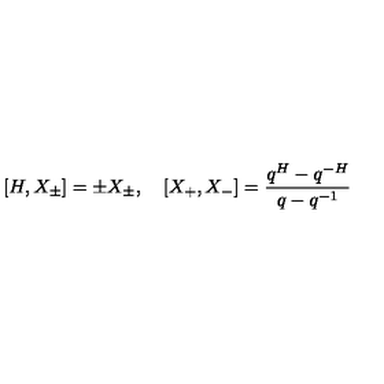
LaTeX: [ H , X _ { \pm } ] = \pm X _ { \pm } , \quad [ X _ { + } , X _ { - } ] = \frac { q ^ { H } - q ^ { - H } } { q - q ^ { - 1 } }